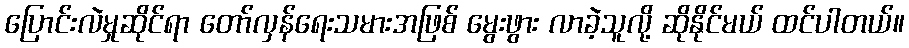
ပြောင်းလဲမှုဆိုင်ရာ တော်လှန်ရေးသမားအဖြစ် မွေးဖွား လာခဲ့သူလို့ ဆိုနိုင်မယ် ထင်ပါတယ်။